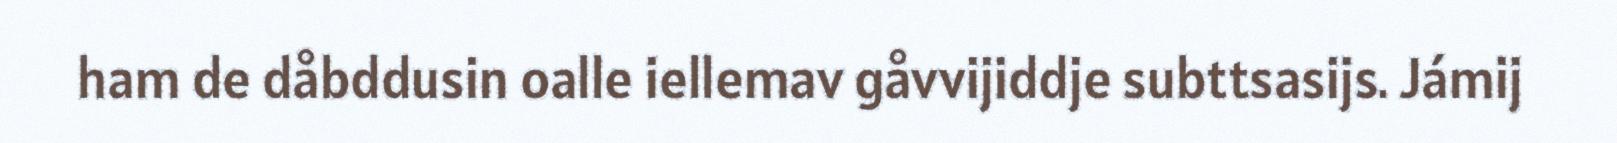
ham de dåbddusin oalle iellemav gåvvijiddje subttsasijs. Jámij